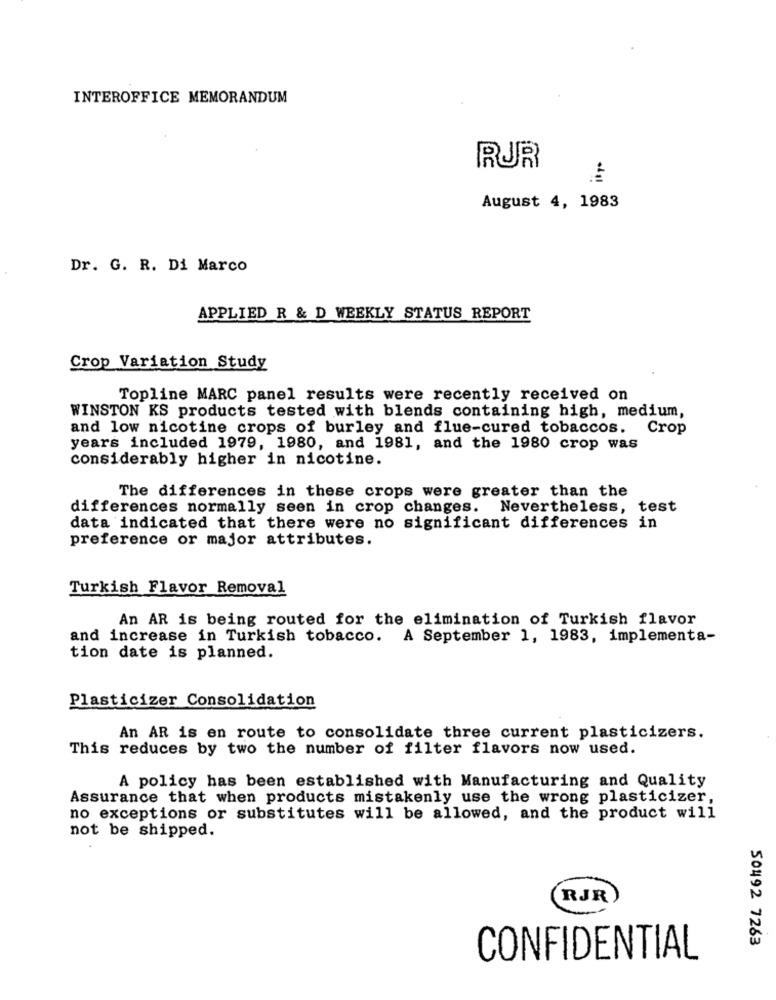
INTEROFFICE MEMORANDUM
RUR
August 4, 1983
Dr. G. R. Di Marco
APPLIED R & D WEEKLY STATUS REPORT
Crop Variation Study
Topline MARC panel results were recently received on
WINSTON KS products tested with blends containing high, medium,
and low nicotine crops of burley and flue-cured tobaccos.
Crop
years included 1979, 1980, and 1981, and the 1980 crop was
considerably higher in nicotine.
The differences in these crops were greater than the
differences normally seen in crop changes. Nevertheless, test
data indicated that there were no significant differences in
preference or major attributes.
Turkish Flavor Removal
An AR is being routed for the elimination of Turkish flavor
and increase in Turkish tobacco. A September 1, 1983, implementa-
tion date is planned.
Plasticizer Consolidation
An AR is en route to consolidate three current plasticizers.
This reduces by two the number of filter flavors now used.
A policy has been established with Manufacturing and Quality
Assurance that when products mistakenly use the wrong plasticizer,
no exceptions or substitutes will be allowed, and the product will
not be shipped.
RJR.
50492 7263
CONFIDENTIAL